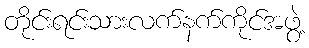
တိုင်းရင်းသားလက်နက်ကိုင်အဖွဲ့